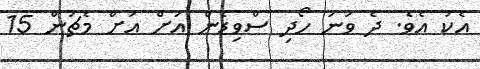
އެކު އެވެ. ދެ ވަނަ ހޯދި ސްވިޑެން އަށް އަށް މެޗުން 15